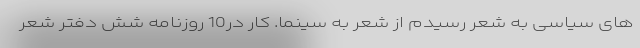
های سیاسی به شعر رسیدم از شعر به سینما. کار در10 روزنامه شش دفتر شعر